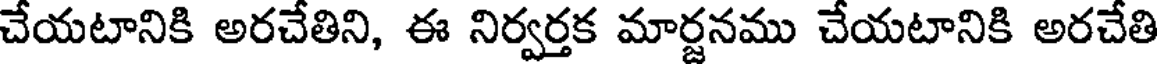
చేయటానికి అరచేతిని, ఈ నిర్వర్తక మార్జనము చేయటానికి అరచేతి